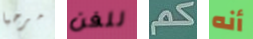
مرحبا للفن كم أنه